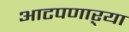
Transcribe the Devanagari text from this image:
आटपणाऱ्या